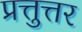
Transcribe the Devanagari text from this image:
प्रत्तुत्तर